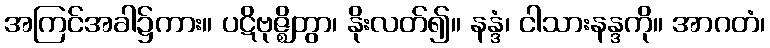
အကြင်အခါ၌ကား။ ပဋိဗုဇ္ဈိတွာ၊ နိုးလတ်၍။ နန္ဒံ၊ ငါသားနန္ဒကို။ အာဂတံ၊